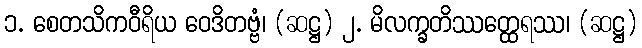
၁. စေတသိကဝီရိယ ဝေဒိတဗ္ဗံ၊ (ဆဋ္ဌ) ၂. မိလက္ခတိဿတ္ထေရဿ၊ (ဆဋ္ဌ)